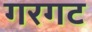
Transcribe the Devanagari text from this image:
गरगट